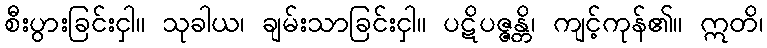
စီးပွားခြင်းငှါ။ သုခါယ၊ ချမ်းသာခြင်းငှါ။ ပဋိပဇ္ဇန္တိ၊ ကျင့်ကုန်၏။ ဣတိ၊